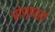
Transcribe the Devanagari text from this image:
संशृण्वतां